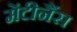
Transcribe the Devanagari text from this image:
मेंटीनैंस